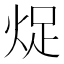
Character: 𱫉